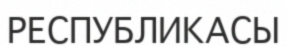
РЕСПУБЛИКАСЫ